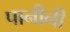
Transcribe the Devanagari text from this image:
पानीनी